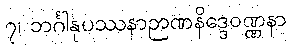
၇၊ ဘင်္ဂါနုပဿနာဉာဏနိဒ္ဒေဝဏ္ဏနာ